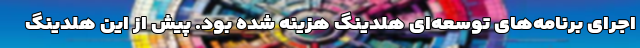
اجرای برنامه‌های توسعه‌ای هلدینگ هزینه شده بود. پیش از این هلدینگ